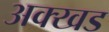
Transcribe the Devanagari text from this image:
अक्खड